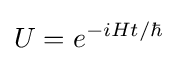
U=e^{-iHt/\hbar }